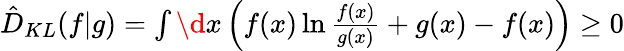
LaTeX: \begin{array}{r}{\hat{D}_{KL}(f|g)=\int\d x\left(f(x)\ln\frac{f(x)}{g(x)}+g(x)-f(x)\right)\geq 0}\end{array}